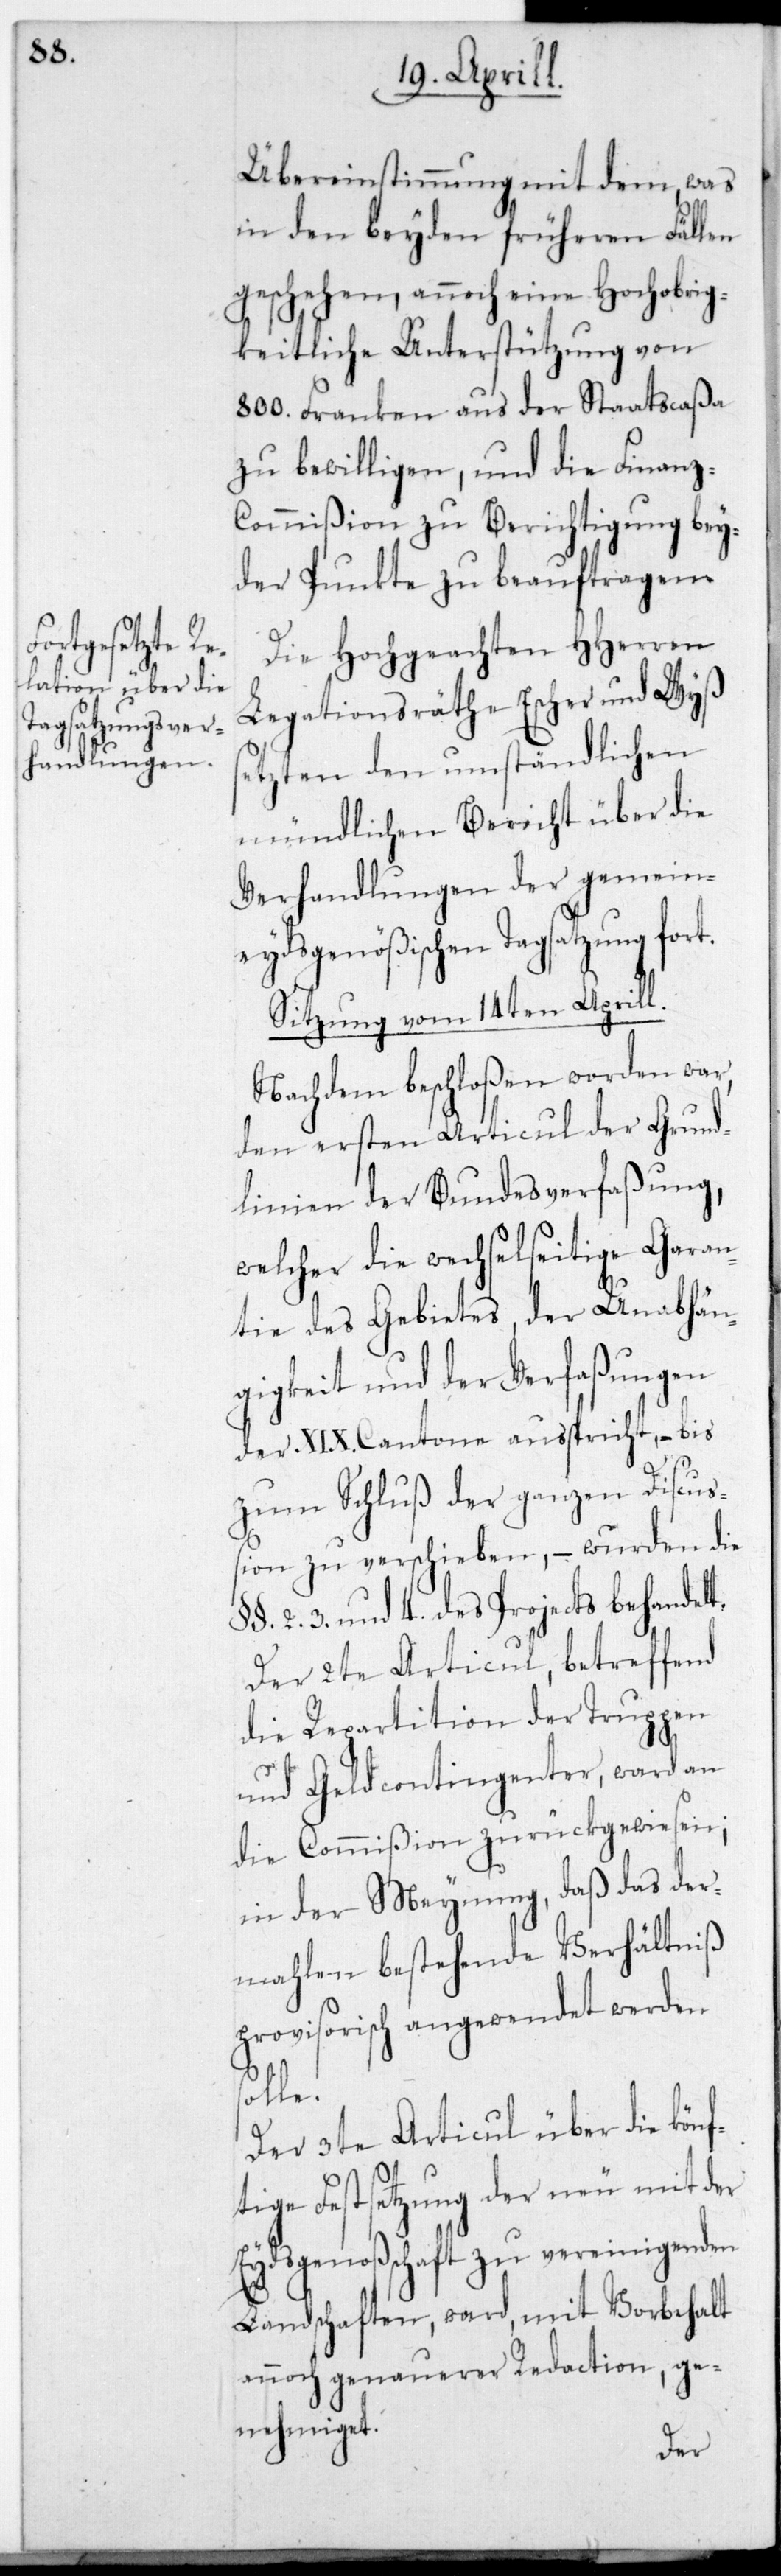
Übereinstimmung mit dem, was
in den beyden früheren Fällen
geschehen, annoch eine Hochobrig¬
keitliche Unterstützung von
800. Franken aus der Staatscaßa
zu bewilligen, und die Finanz¬
commißion zu Berichtigung bey¬
der Punkte zu beauftragen.
Die hochgeachten HHerren
Legationsräthe Escher und Wyß
setzten den umständlichen
mündlichen Bericht über die
Verhandlungen der gemein¬
eydsgenößischen Tagsatzung fort.
Sitzung vom 14ten Aprill.
Nachdem beschloßen worden war,
den ersten Articul der Grund¬
linien der Bundesverfaßung,
welcher die wechselseitige Garan¬
tie des Gebietes, der Unabhän¬
gigkeit und der Verfaßungen
der XIX. Cantone außpricht, – bis
zum Schluß der ganzen Discuß¬
ion zu verschieben, – wurden die
§§. 2. 3. und 4. des Projects behandelt.
Der 2te Articul, betreffend
die Repartition der Truppen
und Geldcontingenter, ward an
die Commißion zurückgewiesen;
in der Meynung, daß das der¬
mahlen bestehende Verhältniß
provisorisch angewendet werden
solle.
Der 3te Articul über die könf¬
tige Festsetzung der neu mit der
Eydsgenoßenschaft zu vereinigenden
Landschaften, ward mit Vorbehalt
annoch genauerer Redaction, ge¬
nehmiget.